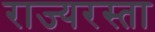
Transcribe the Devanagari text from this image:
राज्यरस्ता